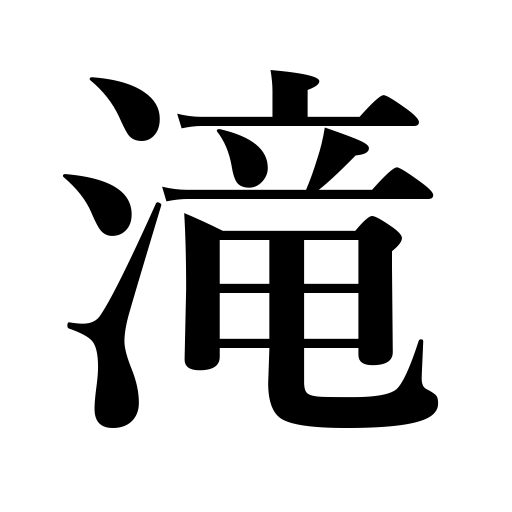
Meanings: cascade,rapids,waterfall